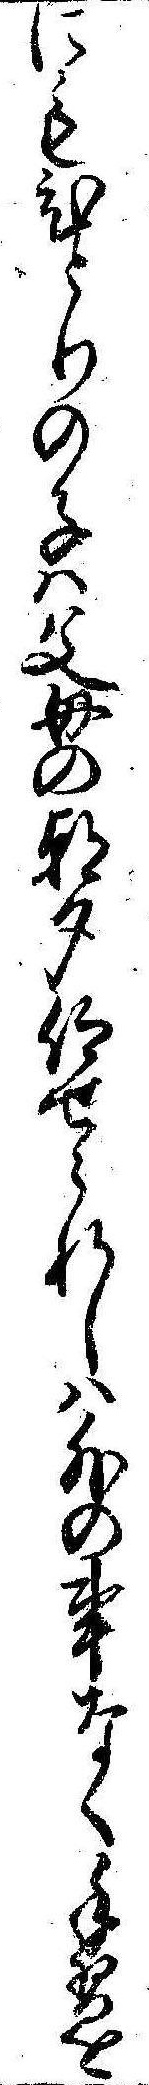
にもひとりの子は父母の朝夕仰せられしは外の事なく手習を